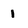
Character: 1